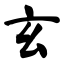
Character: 玄